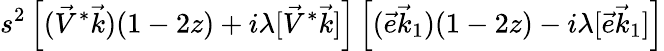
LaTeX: s^{2}\left[(\vec{V}^{*}\vec{k})(1-2z)+i\lambda[\vec{V}^{*}\vec{k}]\right]\left[(\vec{e}\vec{k}_{1})(1-2z)-i\lambda[\vec{e}\vec{k}_{1}]\right]